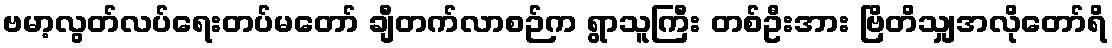
ဗမာ့လွတ်လပ်ရေးတပ်မတော် ချီတက်လာစဉ်က ရွာသူကြီး တစ်ဦးအား ဗြိတိသျှအလိုတော်ရိ